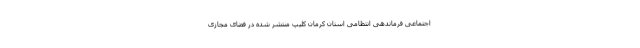
اجتماعی فرماندهی انتظامی استان کرمان کلیپ منتشر شده در فضای مجازی